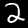
Digit: 2